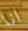
انا